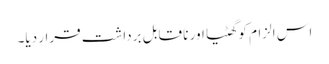
اس الزام کو گھٹیا اور نا قابل برداشت قرار دیا۔